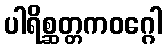
ပါရိစ္ဆတ္တကဝဂ္ဂေါ